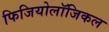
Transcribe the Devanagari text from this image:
फिजियोलॉजिकल